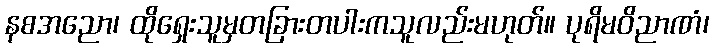
နစအညော၊ ထိုရှေးသူမှတခြားတပါးကသူလည်းမဟုတ်။ ပုရိမဝိညာဏံ၊